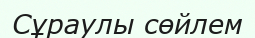
Сұраулы сөйлем